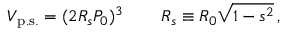
V _ { \mathrm { p . s . } } = ( 2 R _ { s } P _ { 0 } ) ^ { 3 } \, \qquad R _ { s } \equiv R _ { 0 } \sqrt { 1 - s ^ { 2 } } \, ,